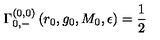
\Gamma _ { 0 , - } ^ { ( 0 , 0 ) } \left( r _ { 0 } , g _ { 0 } , M _ { 0 } , \epsilon \right) = \frac { 1 } { 2 }